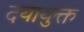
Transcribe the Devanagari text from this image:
दयायुक्त